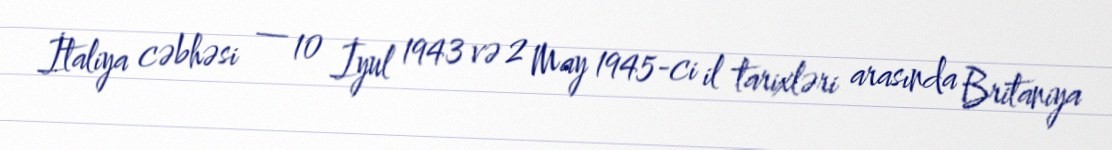
İtaliya cəbhəsi — 10 İyul 1943 və 2 May 1945-ci il tarixləri arasında Britaniya